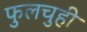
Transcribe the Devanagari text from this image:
फुलचुही